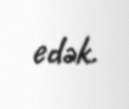
edək.